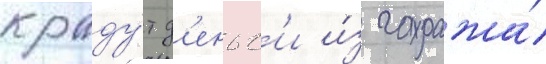
краду́т д'еньг'и и́з гаража́